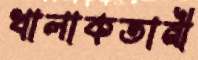
খালাকতানী